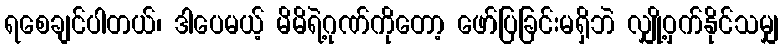
ရစေချင်ပါတယ်၊ ဒါပေမယ့် မိမိရဲ့ဂုဏ်ကိုတော့ ဖော်ပြခြင်းမရှိဘဲ လျှို့ဝှက်နိုင်သမျှ